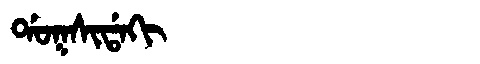
Manchu: ᡩᠣᡴᠰᡳᡩᠠᡴᡳ
Romanization: DOKSIDAKI